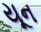
યૂન